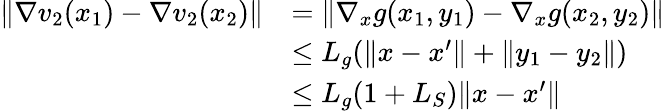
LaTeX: \begin{array}{rl}{\| \nabla v_{2}(x_{1})-\nabla v_{2}(x_{2})\| }&{=\| \nabla_{x}g(x_{1},y_{1})-\nabla_{x}g(x_{2},y_{2})\| }\\ &{\leq L_{g}(\| x-x^{\prime}\| +\| y_{1}-y_{2}\| )}\\ &{\leq L_{g}(1+L_{S})\| x-x^{\prime}\| }\end{array}